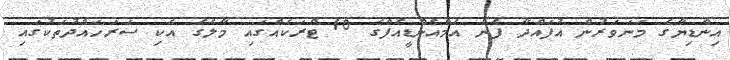
އިންޑިޔާގެ މަނަވަރުން އުފައްދާ ފެން އެމްއެންޑީއެފްގެ 10 ޓްރަކެއްގައި މާލެގެ އެކި ސަރަހައްދުތަކުގައި